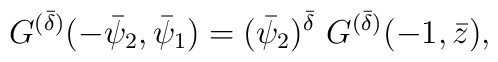
G^{(\bar{\delta})}(-\bar{\psi}_{2},\bar{\psi}_{1})=(\bar{\psi}_{2})^{\bar{\delta}}~G^{(\bar{\delta})}(-1,\bar{z}),